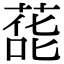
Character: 蒊